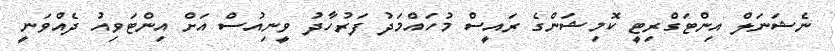
ނެޝަނަލް އިންޓަގްރިޓީ ކޮމިޝަންގެ ރައީސް މުހައްމަދު ފަރުހާދު ވީނިއުސް އަށް އިންޓަވިއު ދެއްވަނީ